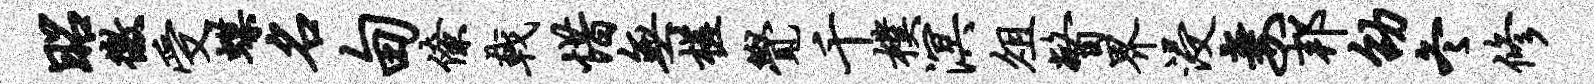
昭徼受蝶名甸僚戟惜无槎觉千朴溟俎瞥界浸妻邦劭冬修